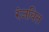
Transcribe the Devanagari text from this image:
रंजवित